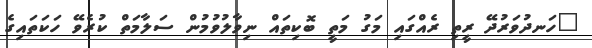
"ހަނދުވަރުދޭ ރީތި ރެއްގައި މަގު މަތީ ބޮކިތައް ނިވާލުވުމުން ސަލާމަތް ކުރެވޭ ހަކަތައިގެ